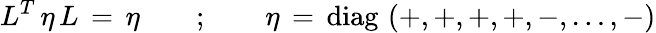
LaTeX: L^{T}\, \eta\, L\, =\, \eta\qquad;\qquad\eta\, =\, \mathrm{diag}\, \left(+,+,+,+,-,\dots,-\right)